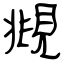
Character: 覜